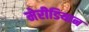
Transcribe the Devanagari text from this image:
मेरीडियान